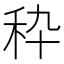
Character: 𰨞